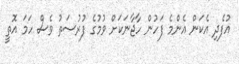
އުފެދި އެކަން އެންމެ ފަހުން ހާޖާނަކަށް ވުމުގެ ފުރުސަތު ވެސް ހަމަ އޮތީ